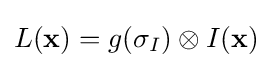
L(\mathbf {x} )=g(\sigma _{I})\otimes I(\mathbf {x} )